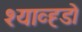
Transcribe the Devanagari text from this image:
श्याव्ह्डो